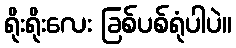
ရိုးရိုးလေး ခြစ်ပစ်ရုံပါပဲ။